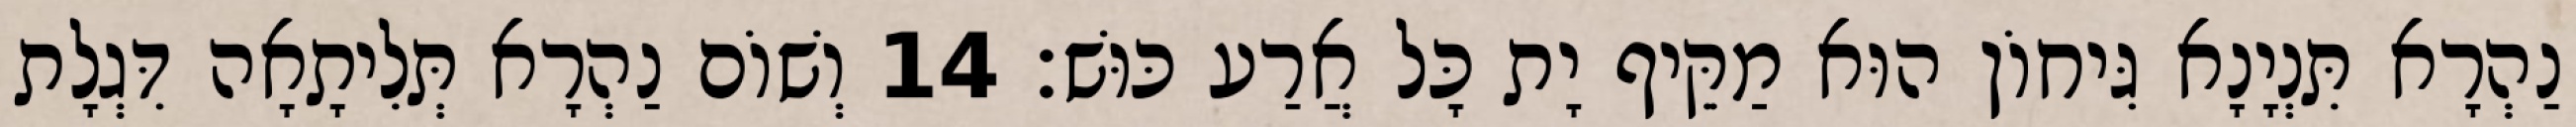
נַהְרָא תִּנְיָנָא גִּיחוֹן הוּא מַקֵּיף יָת כָּל אֲרַע כּוּשׁ׃ 14 וְשׁוֹם נַהְרָא תְּלִיתָאָה דִּגְלָת